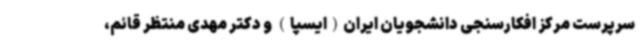
سرپرست مرکز افکارسنجی دانشجویان ایران(ایسپا) و دکتر مهدی منتظر قائم،